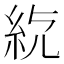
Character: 𥾳